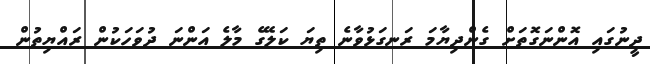
ދީނުގައި އޮންނަގޮތަށް ގެންދިޔާމަ ރަނގަޅުވާނެ ތިޔަ ކަލޭގެ މާލެ އަންނަ ދުވަހަކުން ރައްޔިތުން